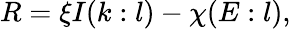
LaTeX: R=\xi I(k:l)-\chi(E:l),